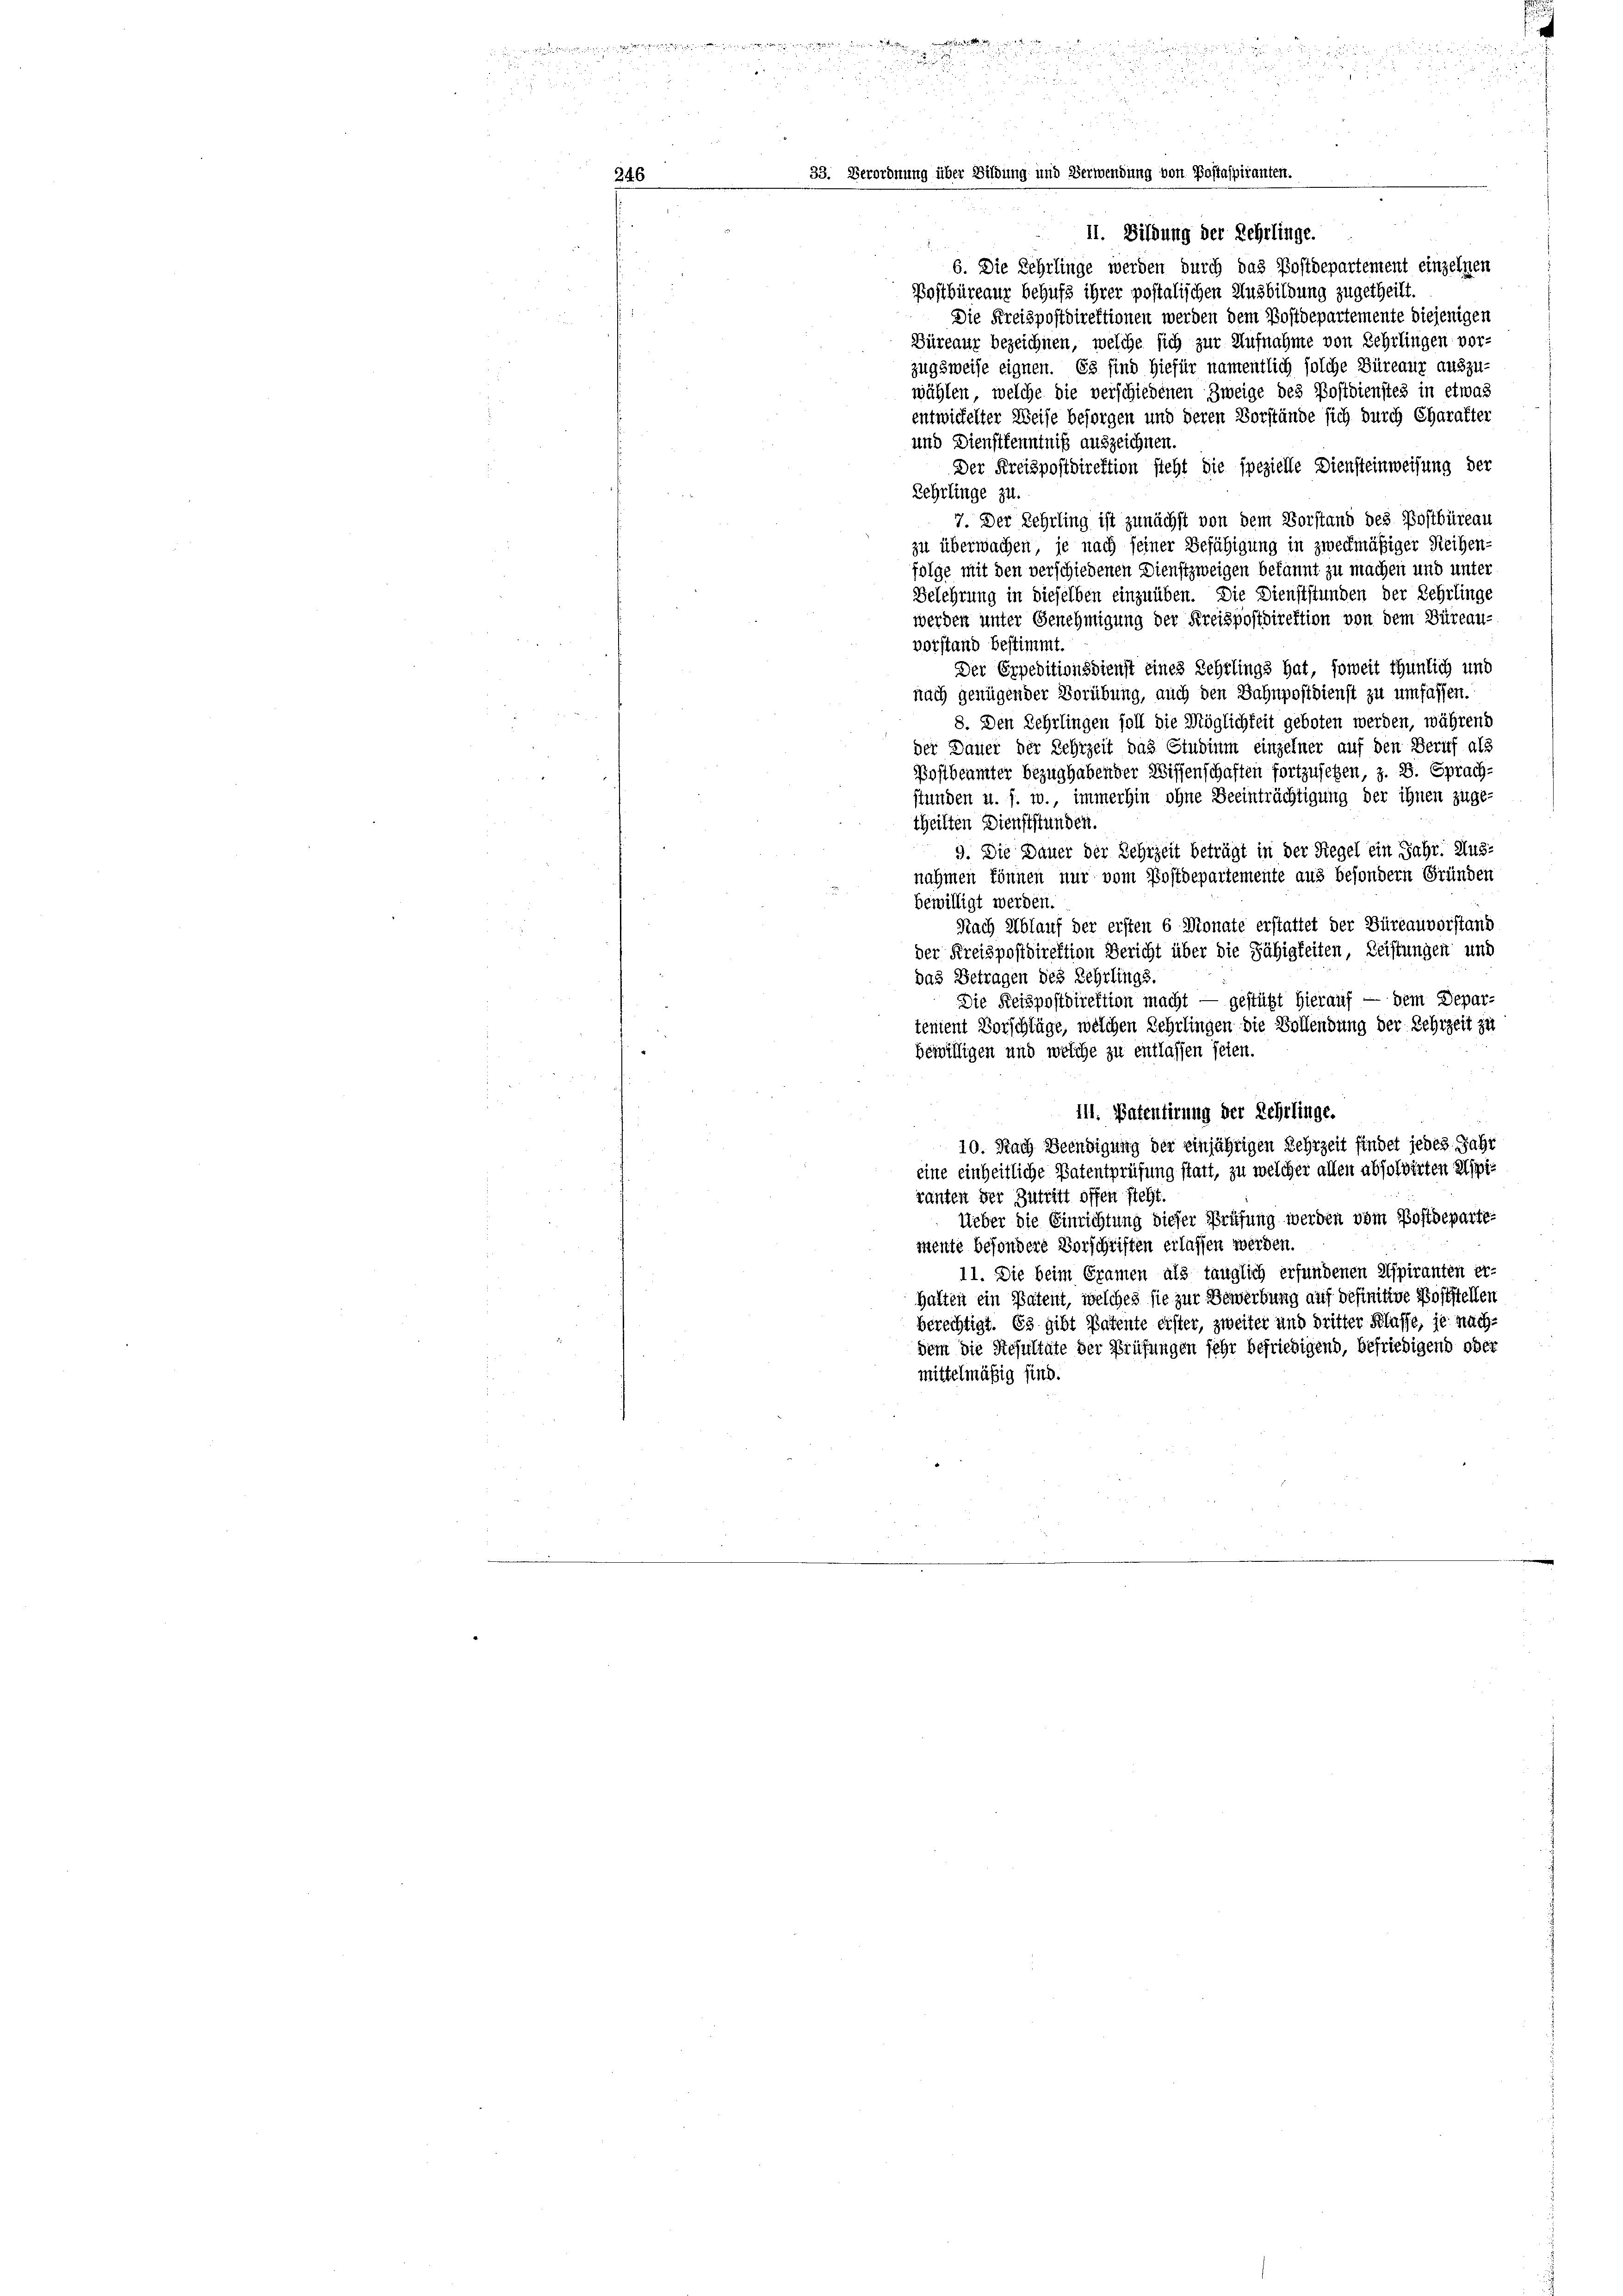
24.

33. Dero

.

über Bildung und Bern

ndung vor.

II. Bildung der Rehrlinge.

6. Die Lehrlinge werden durch das Postdepartement einzelnen
Postbüreaur behufs ihrer postalischen Ausbildung zugetheilt.
Die Kreispostdirektionen werden dem Postdepartemente diejenigen
Büreaur bezeichnen, welche sich zur Aufnahme von Lehrlingen vor-
zugsweise eignen. Es sind hiefür namentlich solche Büreaur auszu-
wählen, welche die verschiedenen Zweige des Postdienstes in etwas
entwickelter Weise besorgen und deren Vorstände sich durch Charakter
und Dienstkenntniß auszeichnen.
Der Kreispostdirektion steht die spezielle Diensteinweisung der
Rehrlinge zu.
7. Der Lehrling ist zunächst von dem Vorstand des Postbüreau
zu überwachen, je nach seiner Befähigung in zweckmäßiger Reihen-
folge mit den verschiedenen Dienstzweigen bekannt zu machen und unter
Belehrung in dieselben einzuüben. Die Dienststunden der Lehrlinge
werden unter Genehmigung der Kreispostdirektion von dem Büreau-
vorstand bestimmt.
Der Erpeditionsdienst eines Rehrlings hat, soweit thunlich und
nach genügender Vorübung, auch den Bahnpostdienst zu umfassen.
8. Den Lehrlingen soll die Möglichkeit geboten werden, während
der Dauer der Lehrzeit das Studium einzelner auf den Beruf als
Postbeamter bezug habender Wissenschaften fortzusetzen, z. B. Sprach-
stunden u. s. w., immerhin ohne Beeinträchtigung der ihnen zuge-
theilten Dienststunden.
9. Die Dauer der Sehrzeit beträgt in der Siegel ein Jahr. Aus-
nahmen können nur vom Postdepartemente aus besondern Gründen
bewilligt werden.
Nach Ablauf der ersten 6 Monate erstattet der Büreauvorstand
der Kreispostdirektion Bericht über die Fähigkeiten, Leistungen und
das Betragen des Lehrlings.
Die Reispostdirektion macht — gestützt hierauf — dem Depar-
tement Vorschläge, welchen Lehrlingen die Vollendung der Lehrzeit zu
bewilligen und welche zu entlassen seien.
111. Patentirung der Rehrlinge.
10. Nach Beendigung der einjährigen Lehrzeit findet jedes Jahr
eine einheitliche Patentprüfung statt, zu welcher allen absolvirten Aspiranten der Zutritt offen steht.
Ueber die Einrichtung dieser Prüfung werden vom Postdepartemente besondere Vorschriften erlassen werden.
11. Die beim Gramen als tänglich erfundenen Aspiranten er-
Halten ein Patent, welches sie zur Bewerbung auf definitive Poststellen
berechtigt. Es gibt Patente erster, zweiter und dritter Klasse, je nachdem die Resultate der Prüfungen sehr befriedigend, befriedigend ober
mittelmäßig sind.